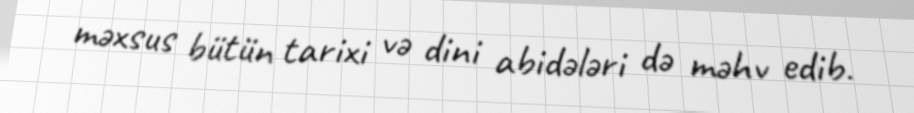
məxsus bütün tarixi və dini abidələri də məhv edib.